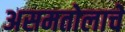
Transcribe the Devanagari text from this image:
असमतोलाचे